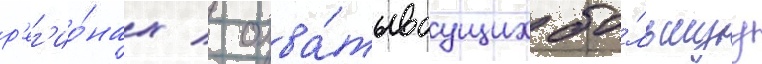
р'ег'ио́нах / охва́тываущих бо́льшуу